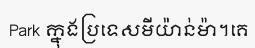
Park ក្នុងប្រទេសមីយ៉ាន់ម៉ា។គេ